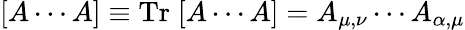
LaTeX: [A\cdots A]\equiv\mathrm{Tr}\; [A\cdots A]=A_{\mu,\nu}\cdots A_{\alpha,\mu}